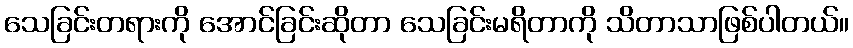
သေခြင်းတရားကို အောင်ခြင်းဆိုတာ သေခြင်းမရိတာကို သိတာသာဖြစ်ပါတယ်။